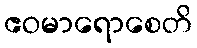
ဧဝမာရောစေတိ